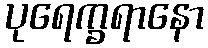
ပုရေက္ခရာနော